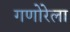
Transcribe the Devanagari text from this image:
गणोरेला